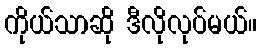
ကိုယ်သာဆို ဒီလိုလုပ်မယ်။